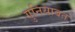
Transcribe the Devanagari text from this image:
गुनियाबत